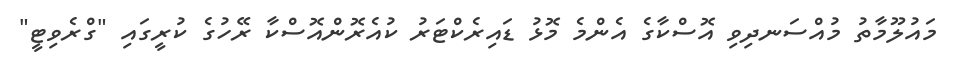
މައުލޫމާތު މުއްސަނދިވި އޮސްކާގެ އެންމެ މޮޅު ޑައިރެކްޓަރު ކުއެރޮންއޮސްކާ ރޭހުގެ ކުރީގައި "ގްރެވިޓީ"